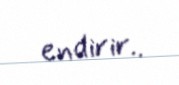
endirir..